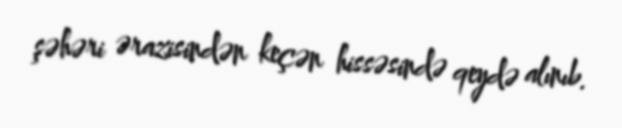
şəhəri ərazisindən keçən hissəsində qeydə alınıb.